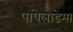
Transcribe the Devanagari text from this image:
पापेलोडेमा